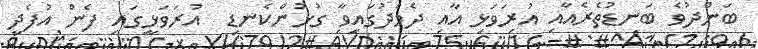
ބަންދުވެ ބަނޑުތެރެއާއި އުރަވަޅި އާއި ދެމެދުގައިވާ ގުޅުންކެނޑި  އުރަވަޅީގައި ފެން އުފެދި